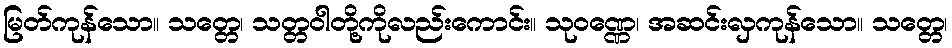
မြတ်ကုန်သော။ သတ္တေ၊ သတ္တဝါတို့ကိုလည်းကောင်း။ သုဝဏ္ဏေ၊ အဆင်းလှကုန်သော။ သတ္တေ၊